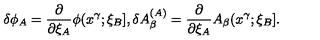
\delta \phi _ { A } = \frac { \partial } { \partial \xi _ { A } } \phi ( x ^ { \gamma } ; \xi _ { B } ] , \delta A _ { \beta } ^ { ( A ) } = \frac { \partial } { \partial \xi _ { A } } A _ { \beta } ( x ^ { \gamma } ; \xi _ { B } ] .